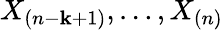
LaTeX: X_{(n-\mathbf{k}+1)},\dots,X_{(n)}